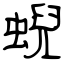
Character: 蜺